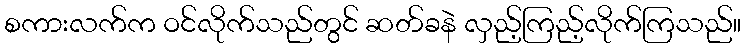
စကားလက်က ဝင်လိုက်သည်တွင် ဆတ်ခနဲ လှည့်ကြည့်လိုက်ကြသည်။